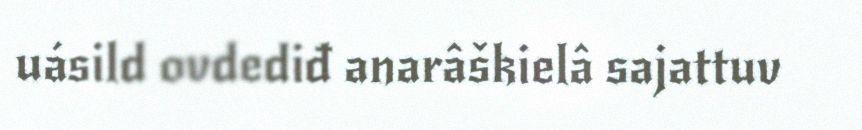
uásild ovdediđ anarâškielâ sajattuv